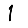
Digit: 1